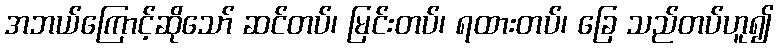
အဘယ်ကြောင့်ဆိုသော် ဆင်တပ်၊ မြင်းတပ်၊ ရထားတပ်၊ ခြေ သည်တပ်ဟူ၍